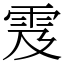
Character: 雭